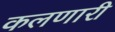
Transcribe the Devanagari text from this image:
कलणारी